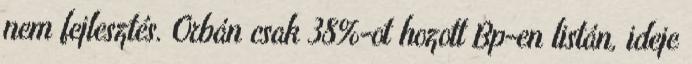
nem fejlesztés. Orbán csak 38%-ot hozott Bp-en listán, ideje